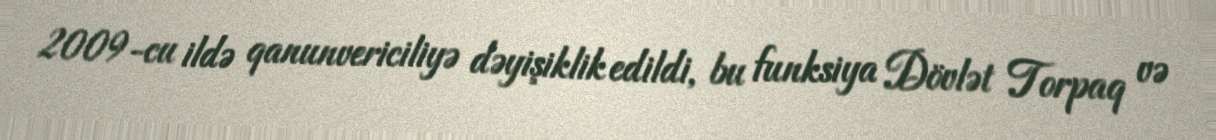
2009-cu ildə qanunvericiliyə dəyişiklik edildi, bu funksiya Dövlət Torpaq və